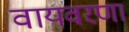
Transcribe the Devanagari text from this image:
वायवरणा